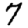
Digit: 7